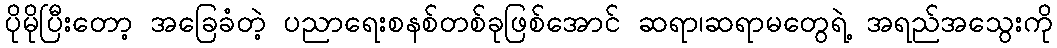
ပိုမိုပြီးတော့ အခြေခံတဲ့ ပညာရေးစနစ်တစ်ခုဖြစ်အောင် ဆရာ၊ဆရာမတွေရဲ့ အရည်အသွေးကို